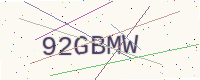
Text: 92GBMW